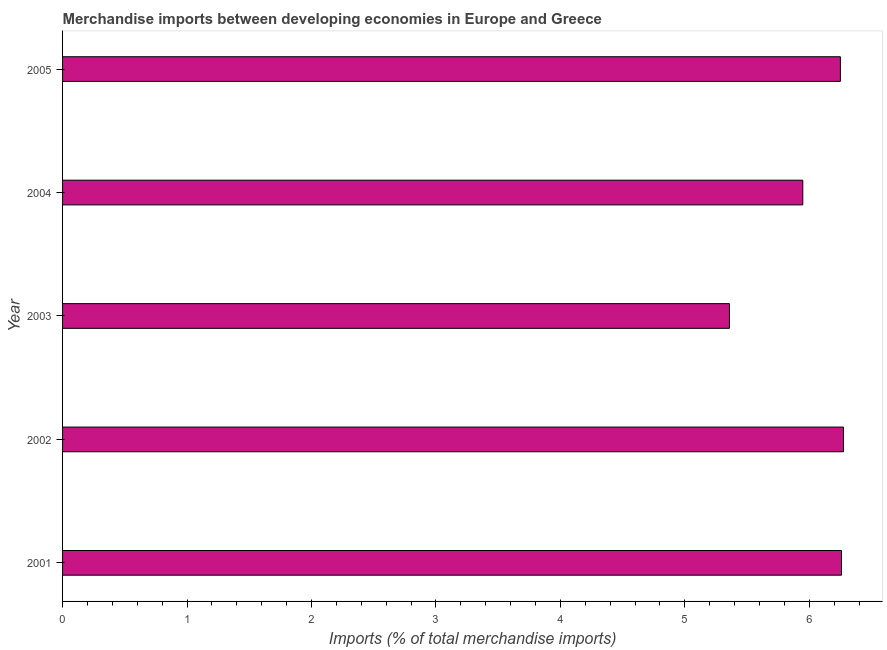
| Year | Merchandise imports |
 | --- | --- |
 | 2001 | 6.26 |
 | 2002 | 6.27 |
 | 2003 | 5.36 |
 | 2004 | 5.95 |
 | 2005 | 6.25 |